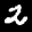
Label: 2